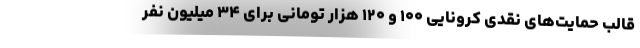
قالب حمایت‌های نقدی کرونایی ۱۰۰ و ۱۲۰ هزار تومانی برای ۳۴ میلیون نفر